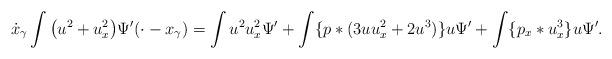
LaTeX: \begin{align*}\dot{x}_\gamma\int \big(u^2+u_x^2\big)\Psi'(\cdot-x_\gamma)&=\int u^2u_x^2\Psi'+\int \{p*(3uu_x^2+2u^3)\}u\Psi'+\int \{p_x*u_x^3\}u\Psi'.\end{align*}